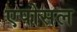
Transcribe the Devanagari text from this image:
एपोसल